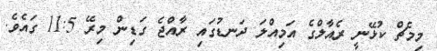
މިމެޗް ކުޅޭނީ ރެއާލްގެ އަމިއްލަ ދަނޑުގައި ރާއްޖެ ގަޑިން މިރޭ 11:5 ގައެވެ.